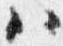
ハ